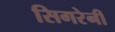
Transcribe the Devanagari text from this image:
सिगरेनी